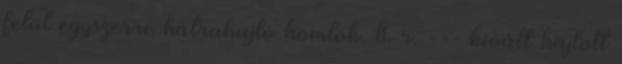
felül egyszerre hátrahajló homlok, 11. r. --- kivált hajlott